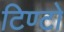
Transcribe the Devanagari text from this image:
टिण्टो